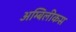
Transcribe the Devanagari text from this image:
अम्बिलीकस